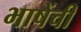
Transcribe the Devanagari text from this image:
भाषेंची